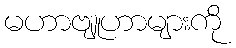
မဟာဗျူဟာများကို